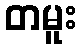
တမူး